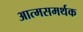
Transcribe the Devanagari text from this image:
आत्मसमर्थक